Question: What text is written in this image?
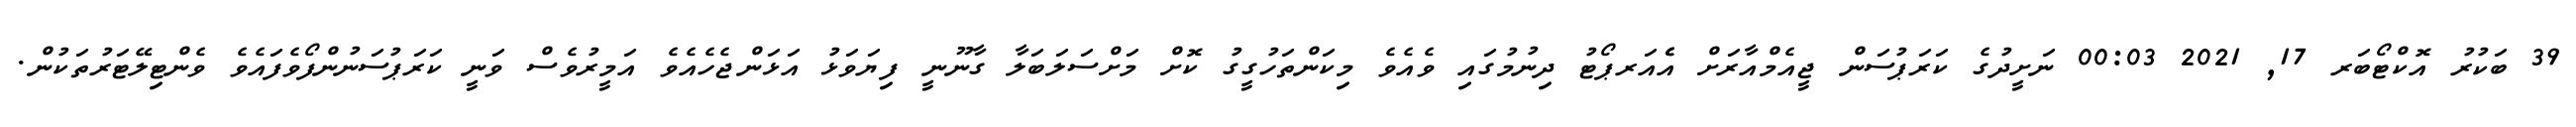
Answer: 39 ބަކުރު އޮކްޓޯބަރ 17, 2021 00:03 ނަށީދުގެ ކަރަޕުސަން ޖީއެމްއާރަށް އެެއަރޕޯޓު ދިނުމުގައި ވެއެވެ މިކަންތަހުގީގު ކޮށް މަށްސަލަބަލާ ގާނޫނީ ފިޔަވަޅު އަޅަންޖެހެއެވެ އަމީރުވެސް ވަނީ ކަރަޕުސަނުންފޯވެފައެވެ ވެންޓިލޭޓަރުތަކުން.